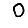
Digit: 0